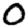
Digit: 0